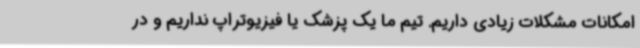
امکانات مشکلات زیادی داریم. تیم ما یک پزشک یا فیزیوتراپ نداریم و در